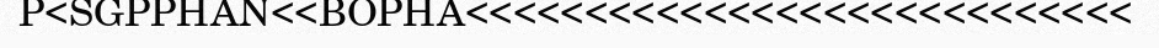
P<SGPPHAN<<BOPHA<<<<<<<<<<<<<<<<<<<<<<<<<<<<